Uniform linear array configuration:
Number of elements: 16
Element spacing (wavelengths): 0.75
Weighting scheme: cosine
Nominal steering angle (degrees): -45
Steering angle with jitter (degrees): -45.574
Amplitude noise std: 0.05
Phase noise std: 0.05

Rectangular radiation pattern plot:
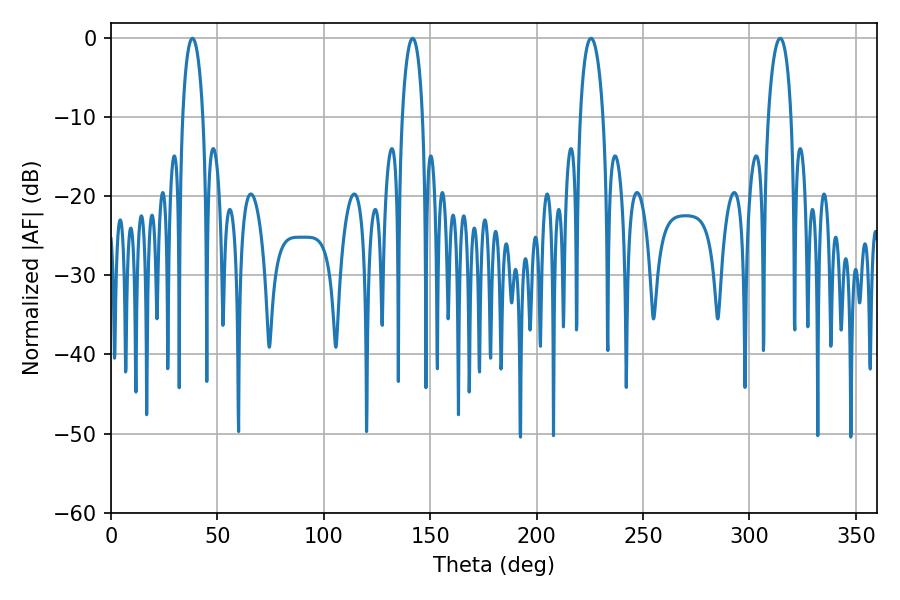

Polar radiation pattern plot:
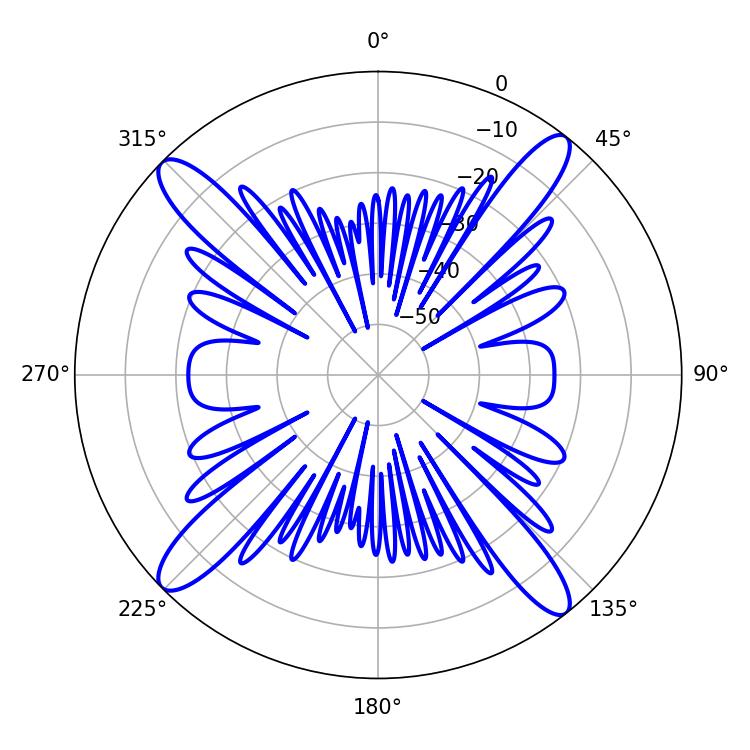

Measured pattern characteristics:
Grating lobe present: TRUE
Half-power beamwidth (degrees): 6.12
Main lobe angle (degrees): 225.54